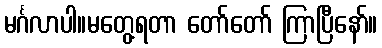
မင်္ဂလာပါ။မတွေ့ရတာ တော်တော် ကြာပြီနော်။